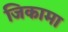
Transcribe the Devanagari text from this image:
जिकामा